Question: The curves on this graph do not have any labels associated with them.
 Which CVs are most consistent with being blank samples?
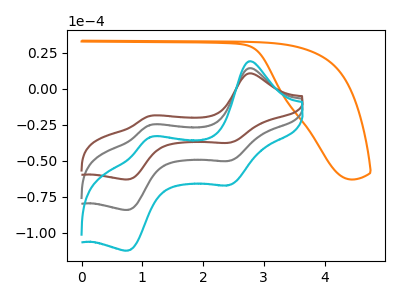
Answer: <think>The orange curve "orange" has no peaks. The gray curve "gray" has anodic peaks at (2.75V, 14.20uA) (1.10V, -25.30uA) and cathodic peaks at (2.45V, -50.05uA) (0.75V, -84.05uA). The brown curve "brown" has anodic peaks at (2.75V, 10.60uA) (1.10V, -18.95uA) and cathodic peaks at (2.45V, -37.45uA) (0.75V, -62.90uA). The cyan curve "cyan" has anodic peaks at (2.75V, 28.35uA) (1.10V, -50.65uA) and cathodic peaks at (2.45V, -100.10uA) (0.75V, -168.10uA).</think>
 <answer>"orange" is likely to be a blank.</answer>
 <eval>orange</eval>